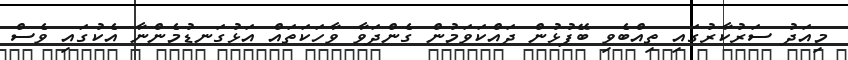
މިއަދު ސަރުކާރުގައި ތިއްބެވި ބޭފުޅުން ދައްކަވަމުން ގެންދަވާ ވާހަކަތައް އަޅުގަނޑުމެންނާ އެކުގައި ވެސް